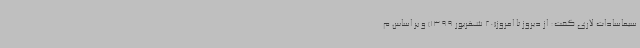
سیماسادات لاری گفت: از دیروز تا امروز(20 شهریور 1399) و بر اساس م